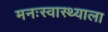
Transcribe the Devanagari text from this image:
मनःस्वास्थ्याला